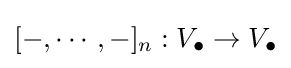
[-,\cdots ,-]_{n}:V_{\bullet }\to V_{\bullet }